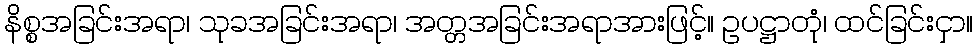
နိစ္စအခြင်းအရာ၊ သုခအခြင်းအရာ၊ အတ္တအခြင်းအရာအားဖြင့်။ ဥပဋ္ဌာတုံ၊ ထင်ခြင်းငှာ။